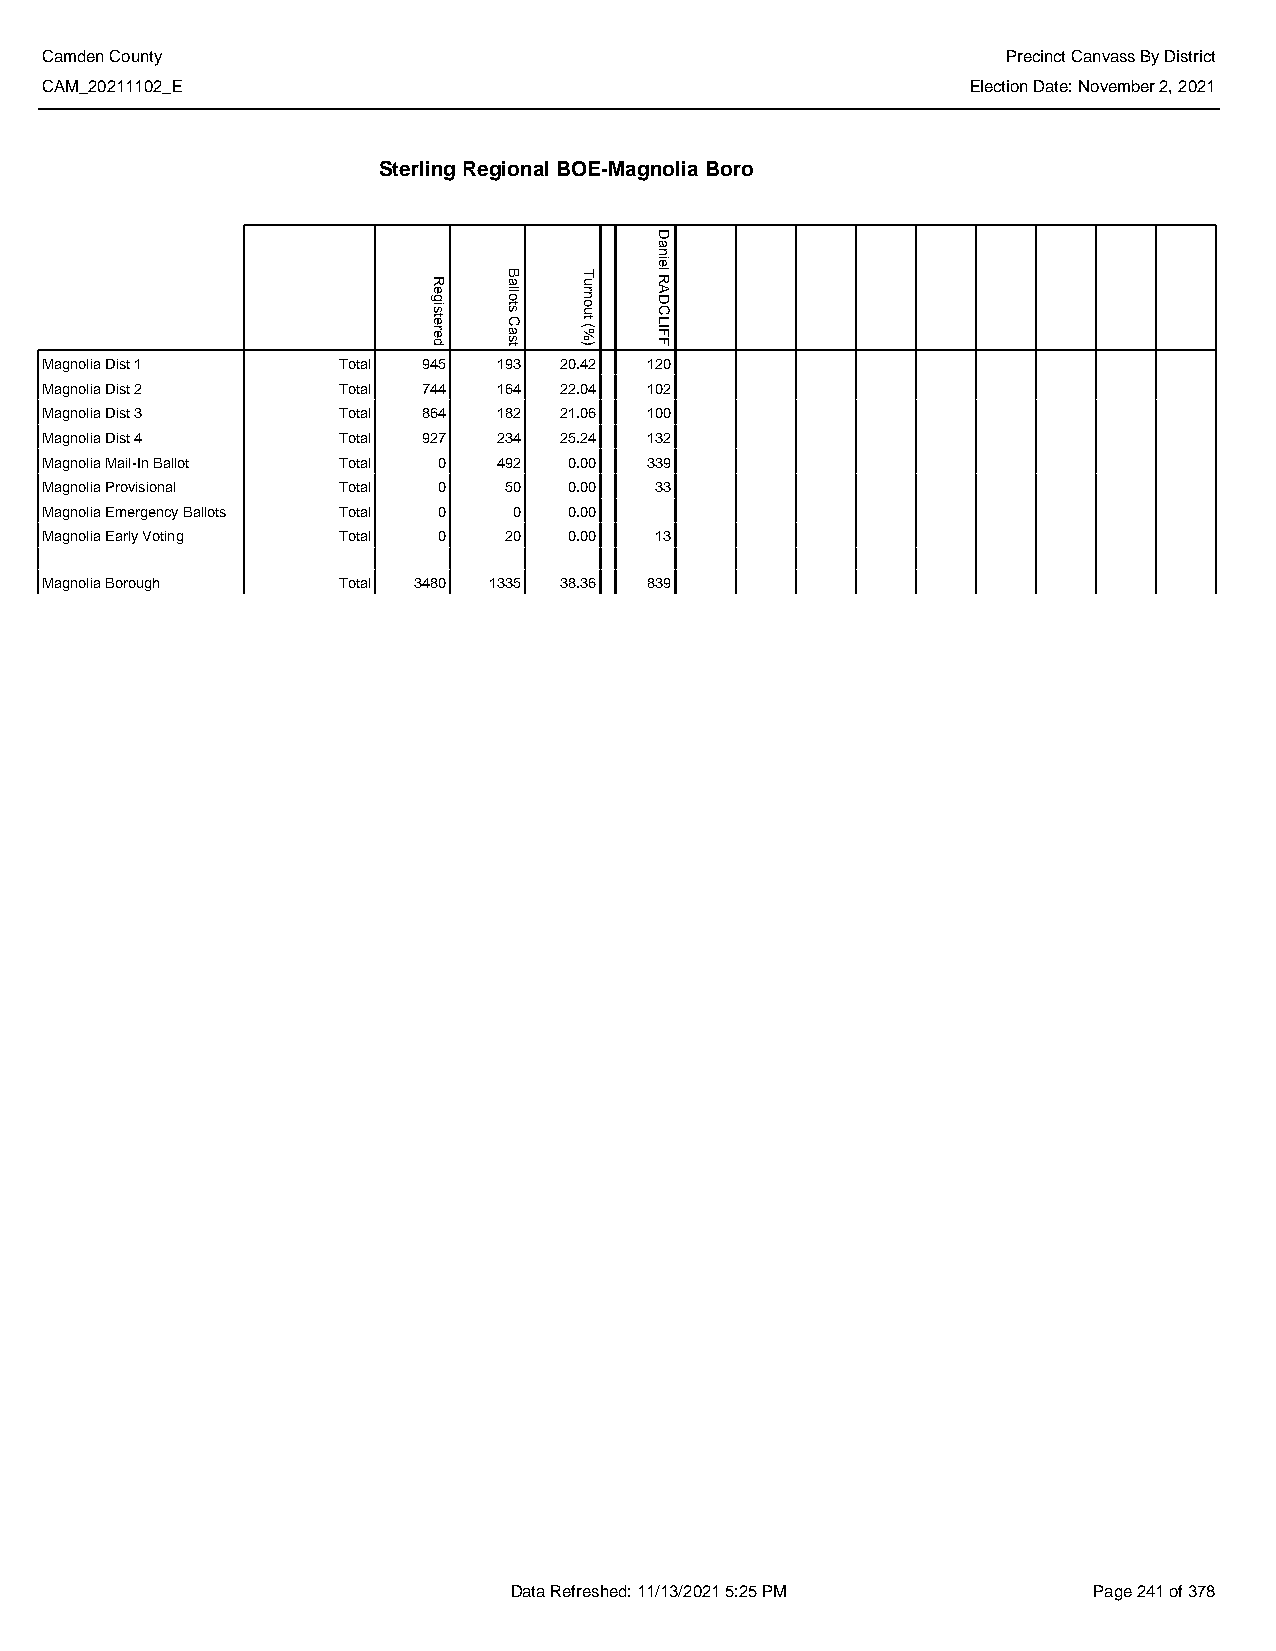
Camden County                                                   Precinct Canvass By District
 CAM_20211102_E                                               Election Date: November 2, 2021
 Sterling Regional BOE-Magnolia Boro
 Magnolia Dist 1    Total 945  193 20.42 120
 Magnolia Dist 2    Total 744  164 22.04 102
 Magnolia Dist 3    Total 864  182 21.06 100
 Magnolia Dist 4    Total 927  234 25.24 132
 Magnolia Mail-In Ballot Total 0 492 0.00 339
 Magnolia Provisional Total 0  50   0.00 33
 Magnolia Emergency Ballots Total 0 0 0.00
 Magnolia Early Voting Total 0 20   0.00 13
 Magnolia Borough   Total 3480 1335 38.36 839
 Data Refreshed: 11/13/2021 5:25 PM    Page 241 of 378
 Registered Ballots
 Cast
 Turnout
 (%)
 Daniel
 RADCLIFF